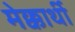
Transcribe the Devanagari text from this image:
मेक्कार्थी